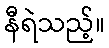
နီရဲသည့်။